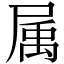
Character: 属